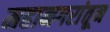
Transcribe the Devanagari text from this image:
महानगरांतून